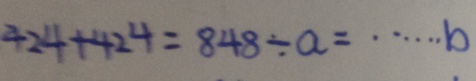
4 2 4 + 4 2 4 = 8 4 8 \div a = \cdots b